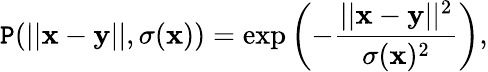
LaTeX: \mathtt{P}(||\mathbf{x}-\mathbf{y}||,\sigma(\mathbf{x}))=\exp\left(-\frac{{||\mathbf{x}-\mathbf{y}||^{2}}}{{\sigma(\mathbf{x})^{2}}}\right),